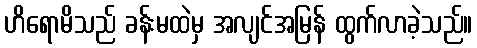
ဟိရောမိသည် ခန်းမထဲမှ အလျင်အမြန် ထွက်လာခဲ့သည်။